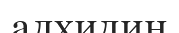
алхидин